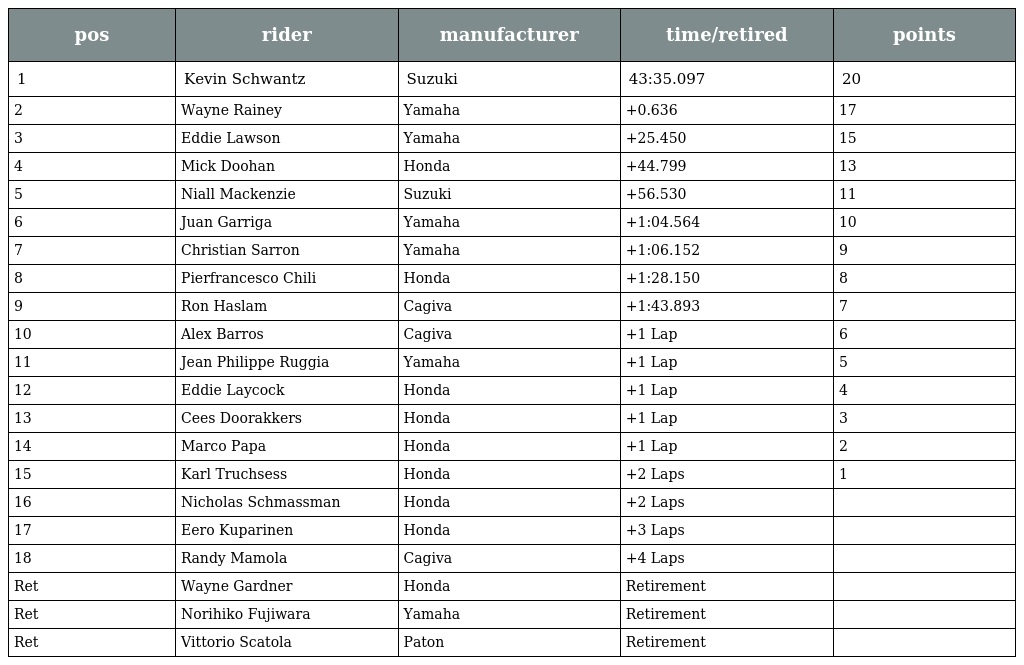
| pos | rider | manufacturer | time/retired | points |
 | --- | --- | --- | --- | --- |
 | 1 | Kevin Schwantz | Suzuki | 43:35.097 | 20 |
 | 2 | Wayne Rainey | Yamaha | +0.636 | 17 |
 | 3 | Eddie Lawson | Yamaha | +25.450 | 15 |
 | 4 | Mick Doohan | Honda | +44.799 | 13 |
 | 5 | Niall Mackenzie | Suzuki | +56.530 | 11 |
 | 6 | Juan Garriga | Yamaha | +1:04.564 | 10 |
 | 7 | Christian Sarron | Yamaha | +1:06.152 | 9 |
 | 8 | Pierfrancesco Chili | Honda | +1:28.150 | 8 |
 | 9 | Ron Haslam | Cagiva | +1:43.893 | 7 |
 | 10 | Alex Barros | Cagiva | +1 Lap | 6 |
 | 11 | Jean Philippe Ruggia | Yamaha | +1 Lap | 5 |
 | 12 | Eddie Laycock | Honda | +1 Lap | 4 |
 | 13 | Cees Doorakkers | Honda | +1 Lap | 3 |
 | 14 | Marco Papa | Honda | +1 Lap | 2 |
 | 15 | Karl Truchsess | Honda | +2 Laps | 1 |
 | 16 | Nicholas Schmassman | Honda | +2 Laps |  |
 | 17 | Eero Kuparinen | Honda | +3 Laps |  |
 | 18 | Randy Mamola | Cagiva | +4 Laps |  |
 | Ret | Wayne Gardner | Honda | Retirement |  |
 | Ret | Norihiko Fujiwara | Yamaha | Retirement |  |
 | Ret | Vittorio Scatola | Paton | Retirement |  |